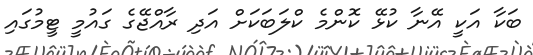
ބަކާ އަކީ އޭނާ ކުޅޭ ކޮންމެ ކްލަބަކަށް އަދި ރާއްޖޭގެ ގައުމީ ޓީމުގައި